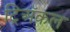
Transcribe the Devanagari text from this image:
ट्रिअॅकल